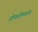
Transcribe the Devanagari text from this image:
तोफगोळ्याचा